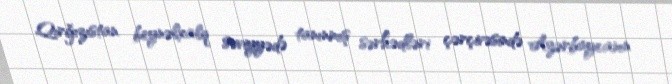
Qırğızıstan beynəlxalq səviyyədə tanınmış sərhədləri çərçivəsində Azərbaycanın